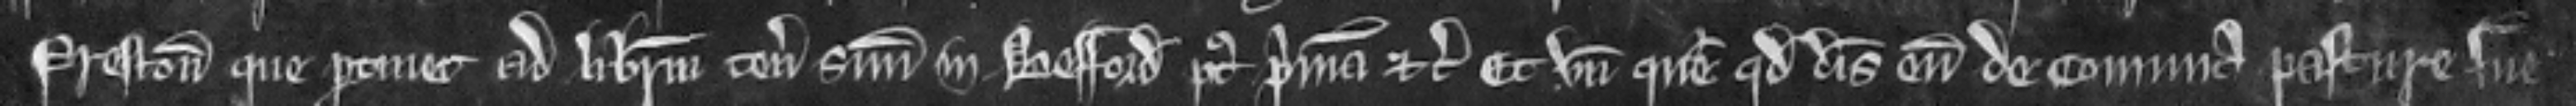
Prestonum que pertinet ad liberum tenementum suum in Besford post primam etc. et unde queritur quod Deus eum de comuna pasture sue